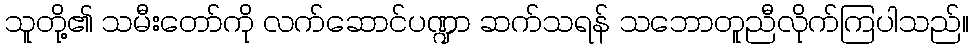
သူတို့၏ သမီးတော်ကို လက်ဆောင်ပဏ္ဍာ ဆက်သရန် သဘောတူညီလိုက်ကြပါသည်။